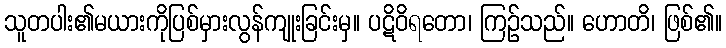
သူတပါး၏မယားကိုပြစ်မှားလွန်ကျုးခြင်းမှ။ ပဋိဝိရတော၊ ကြဉ်သည်။ ဟောတိ၊ ဖြစ်၏။